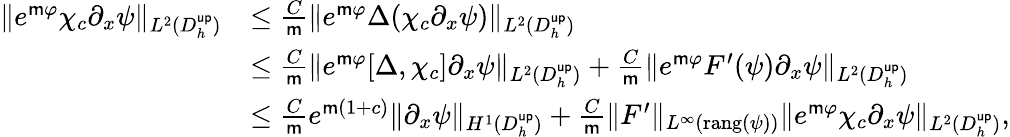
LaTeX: \begin{array}{rl}{\| e^{\mathsf{m}\varphi}\chi_{c}\partial_{x}\psi\| _{L^{2}(D_{h}^{\mathsf{up}})}}&{\leq\frac{C}{\mathsf{m}}\| e^{\mathsf{m}\varphi}\Delta(\chi_{c}\partial_{x}\psi)\| _{L^{2}(D_{h}^{\mathsf{up}})}}\\ &{\leq\frac{C}{\mathsf{m}}\| e^{\mathsf{m}\varphi}[\Delta,\chi_{c}]\partial_{x}\psi\| _{L^{2}(D_{h}^{\mathsf{up}})}+\frac{C}{\mathsf{m}}\| e^{\mathsf{m}\varphi}F^{\prime}(\psi)\partial_{x}\psi\| _{L^{2}(D_{h}^{\mathsf{up}})}}\\ &{\leq\frac{C}{\mathsf{m}}e^{\mathsf{m}(1+c)}\| \partial_{x}\psi\| _{H^{1}(D_{h}^{\mathsf{up}})}+\frac{C}{\mathsf{m}}\| F^{\prime}\| _{L^{\infty}(\textrm{rang}(\psi))}\| e^{\mathsf{m}\varphi}\chi_{c}\partial_{x}\psi\| _{L^{2}(D_{h}^{\mathsf{up}})},}\end{array}